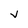
Character: v